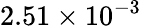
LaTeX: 2.51\times 10^{-3}